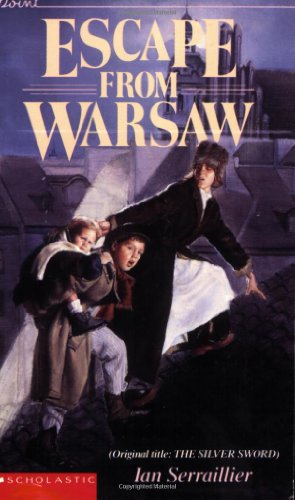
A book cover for Escape from Warsaw (Original title: The Silver Sword); Ian Serraillier; Teen & Young Adult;